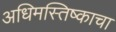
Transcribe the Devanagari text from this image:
अधिमस्तिष्काचा